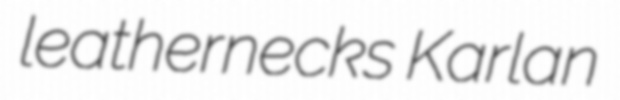
leathernecks Karlan